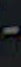
-